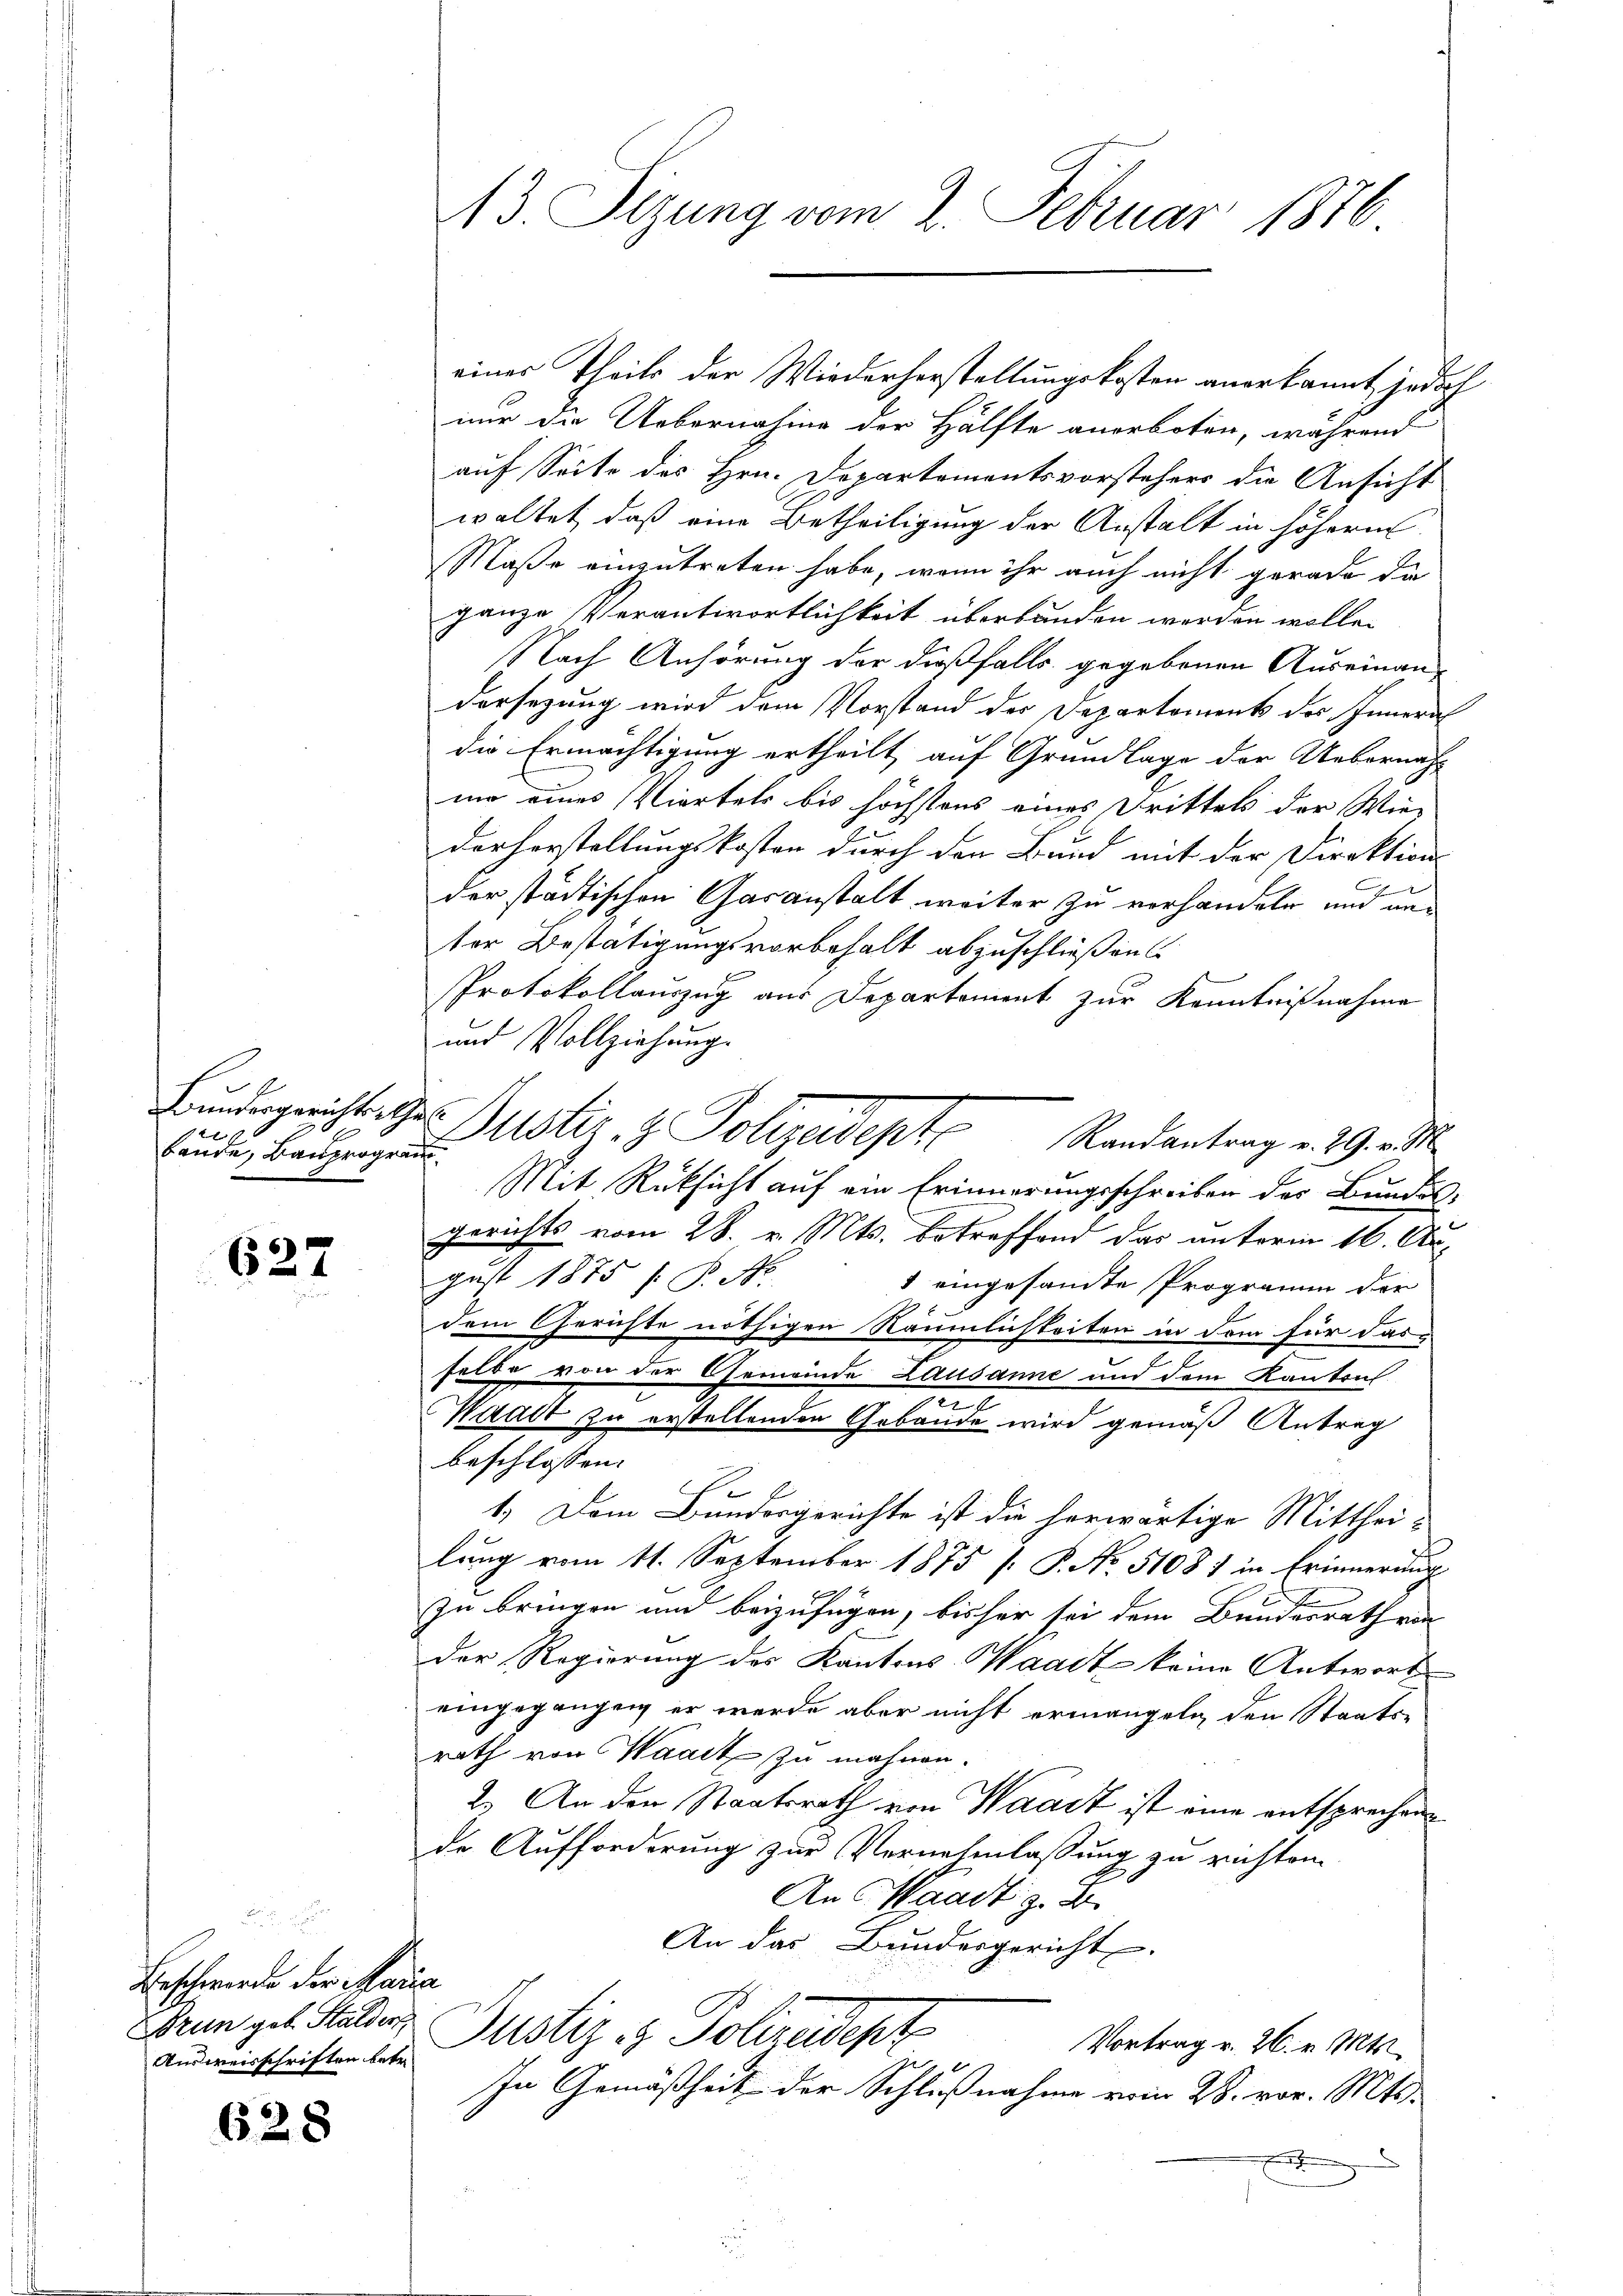
2
bande, Bauprogram

627

Beschwerde der Maria
Brun geb. Stalder,
Ausweisschriften betr.

628

13. Sizung vom 2. Februar 1876

eines Theils der Wiederherstellungskosten anerkannt, jedoch
nur die Uebernahme der Hälfte anerboten, während
auf Seite des Hrn. Departementsvorstehers die Ansicht
waltet, daß eine Betheiligung der Anstalt in höhern
Maße einzutreten habe, wenn ihr auch nicht gerade die
ganze Verantwortlichkeit überbanden werden wolle.
Nach Anhörung der dießfalls gegebenen Auseinan-
dersezung wird dem Vorstand des Departement des Innern
die Ermächtigung ertheilt auf Grundlage der Uebernach-
mo eines Viertels bis höchstens eines Drittels der Wie-
dorherstellungskosten durch den Bund mit der Direktion
C
der städtischen Gasanstalt weiter zu verhandeln und unter Bestätigungsvorbehalt abzuschließen
Protokollauszug aus Departement zur Kenntnißnahme
und Vollziehung.
Bŭndesgericht Hr. Justiz- & Polizeidepte
Randantrag v. 29. v. M.
Mit Rüksicht auf ein Erinnerungsschreiben des Bundes-
gerichts vom 28. v. Mts. betreffend das unterm 16. August 1875 f. P. Nr.
1 eingesandte Programm der
dem Gerichte nöthigen Räumlichkeiten in dem für das
selbe von der Gemeinde Lausanne und dem Kantons
n
Waadt zu erstellenden Gebäude wird gemäß Antrag
beschlossen:
1.) Dem Bundergerichte ist die herwärtige Mittheilung vom 11. September 1875 [ P. No 51081 in Erinnerung
zu bringen und beizufügen, bisher sei dem Bundesrath von
Der Regierung des Kantons Waadt keine Antwort
eingegangen er werde aber nicht ermangeln, den Staats-
rath von Waadt zu mahnen.
2.) An den Staatsrath von Waadt ist eine entsprechen
de Aufforderung zur Vernehmlassung zu richten.
An Waadt z. B.
An das Bundesgericht
Justiz & Polizedept
Vortrag v. 26. v. Mts.
In Gemäßheit der Schlußnahme vom 28. vor. Mts.